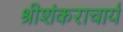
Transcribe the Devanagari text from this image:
श्रीशंकराचार्य